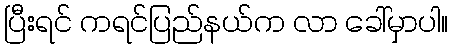
ပြီးရင် ကရင်ပြည်နယ်က လာ ခေါ်မှာပါ။